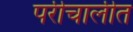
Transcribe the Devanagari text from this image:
परीचालीत